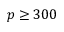
p \geq 3 0 0